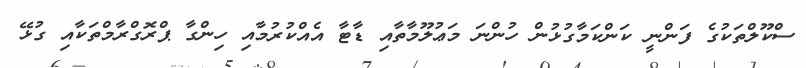
ސްކޫލްތަކުގެ ފަންނީ ކަންކަމާގުޅުން ހުންނަ މަޢުލޫމާތާއި ޑާޓާ އެއްކުރުމާއި ހިންގާ ޕްރޮގްރާމްތަކާއި ގުޅޭ